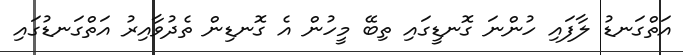
އަތްގަނޑު ލާފައި ހުންނަ ގޮނޑީގައި ތިބޭ މީހުން އެ ގޮނޑިން ތެދުވާއިރު އަތްގަނޑުގައި